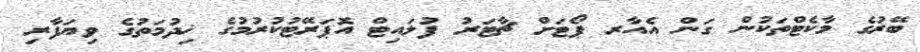
ބޭރުގެ މާކެޓްތަކުން ގަން އެއާރ ޕޯޓަށް ޗާޓަރު ފުލައިޓް އޮޕަރޭޓުކުރުމުގެ ޚިދުމަތުގެ ވިޔަފާރި